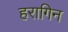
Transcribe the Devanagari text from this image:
हरागिन